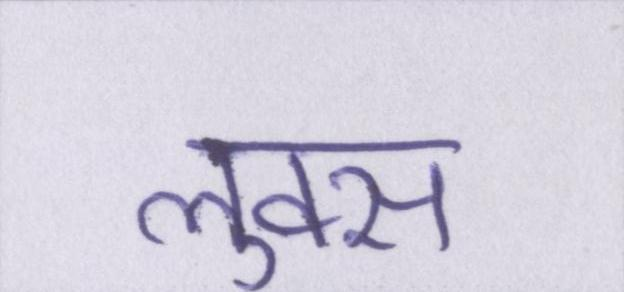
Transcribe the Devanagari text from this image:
लुक्स